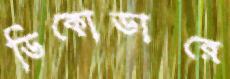
ডিকোডারে